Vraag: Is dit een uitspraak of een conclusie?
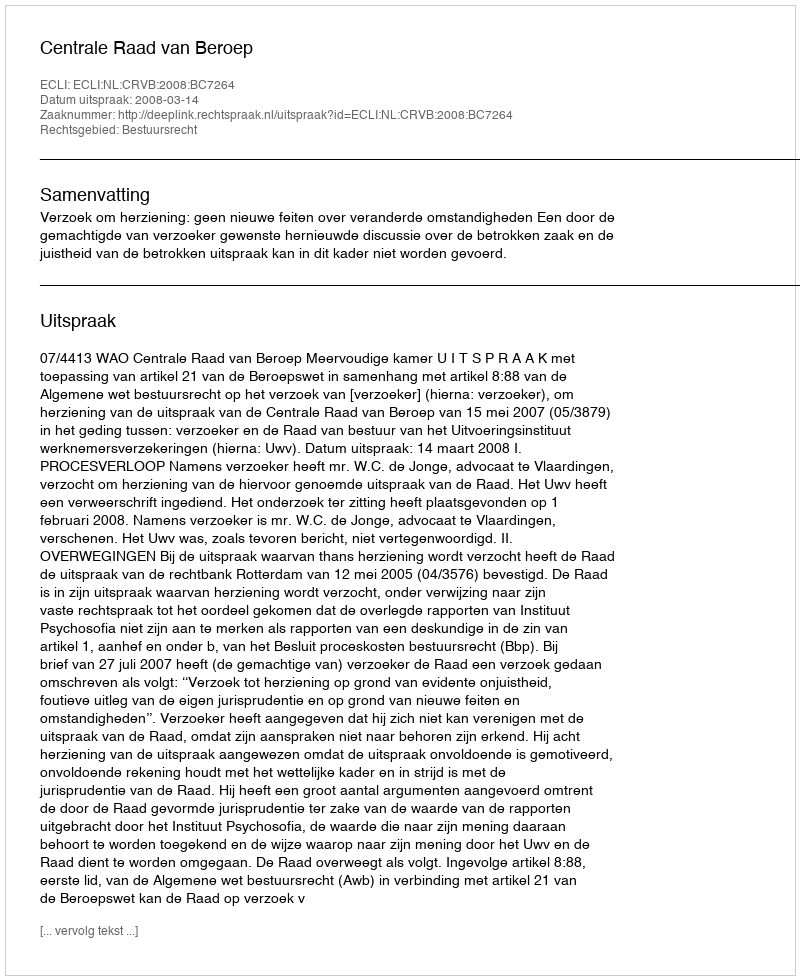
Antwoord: Uitspraak